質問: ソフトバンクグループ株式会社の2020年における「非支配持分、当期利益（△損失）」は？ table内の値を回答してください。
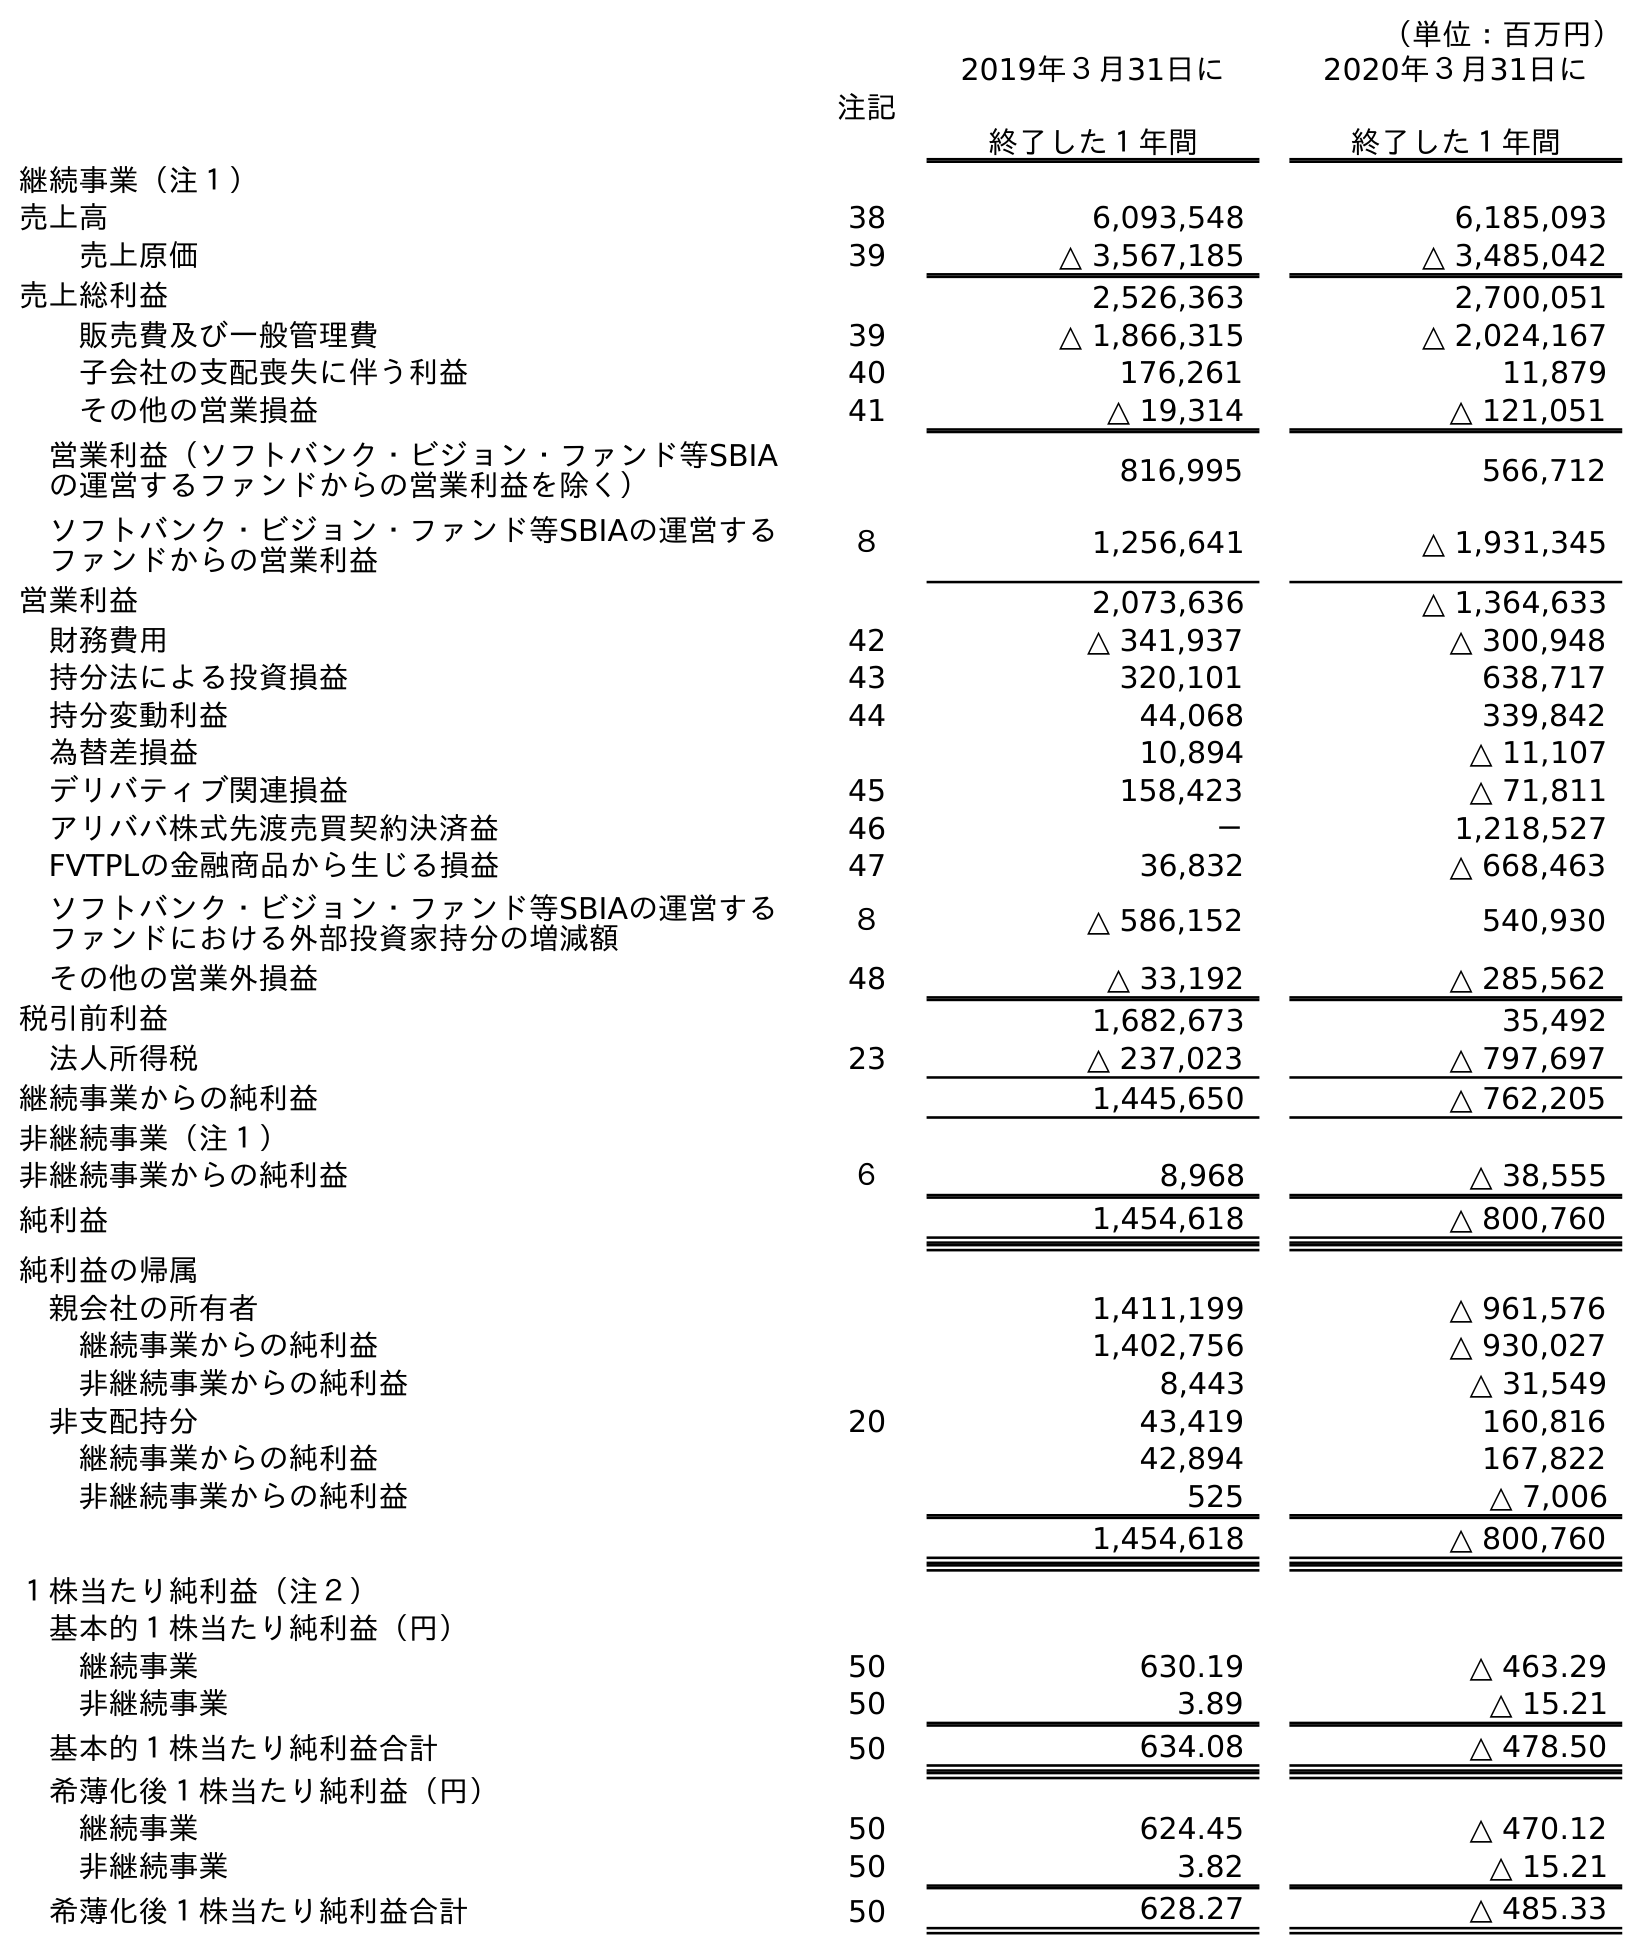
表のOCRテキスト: （単位：百万円） 注記 2019年３月31日に 終了した１年間 2020年３月31日に 終了した１年間 継続事業（注１） 売上高 38 6,093,548 6,185,093 売上原価 39 △ 3,567,185 △ 3,485,042 売上総利益 2,526,363 2,700,051 販売費及び一般管理費 39 △ 1,866,315 △ 2,024,167 子会社の支配喪失に伴う利益 40 176,261 11,879 その他の営業損益 41 △ 19,314 △ 121,051 営業利益（ソフトバンク・ビジョン・ファンド等SBIA の運営するファンドからの営業利益を除く） 816,995 566,712 ソフトバンク・ビジョン・ファンド等SBIAの運営する ファンドからの営業利益 ８ 1,256,641 △ 1,931,345 営業利益 2,073,636 △ 1,364,633 財務費用 42 △ 341,937 △ 300,948 持分法による投資損益 43 320,101 638,717 持分変動利益 44 44,068 339,842 為替差損益 10,894 △ 11,107 デリバティブ関連損益 45 158,423 △ 71,811 アリババ株式先渡売買契約決済益 46 － 1,218,527 FVTPLの金融商品から生じる損益 47 36,832 △ 668,463 ソフトバンク・ビジョン・ファンド等SBIAの運営する ファンドにおける外部投資家持分の増減額 ８ △ 586,152 540,930 その他の営業外損益 48 △ 33,192 △ 285,562 税引前利益 1,682,673 35,492 法人所得税 23 △ 237,023 △ 797,697 継続事業からの純利益 1,445,650 △ 762,205 非継続事業（注１） 非継続事業からの純利益 ６ 8,968 △ 38,555 純利益 1,454,618 △ 800,760 純利益の帰属 親会社の所有者 1,411,199 △ 961,576 継続事業からの純利益 1,402,756 △ 930,027 非継続事業からの純利益 8,443 △ 31,549 非支配持分 20 43,419 160,816 継続事業からの純利益 42,894 167,822 非継続事業からの純利益 525 △ 7,006 1,454,618 △ 800,760 １株当たり純利益（注２） 基本的１株当たり純利益（円） 継続事業 50 630.19 △ 463.29 非継続事業 50 3.89 △ 15.21 基本的１株当たり純利益合計 50 634.08 △ 478.50 希薄化後１株当たり純利益（円） 継続事業 50 624.45 △ 470.12 非継続事業 50 3.82 △ 15.21 希薄化後１株当たり純利益合計 50 628.27 △ 485.33
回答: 160,816